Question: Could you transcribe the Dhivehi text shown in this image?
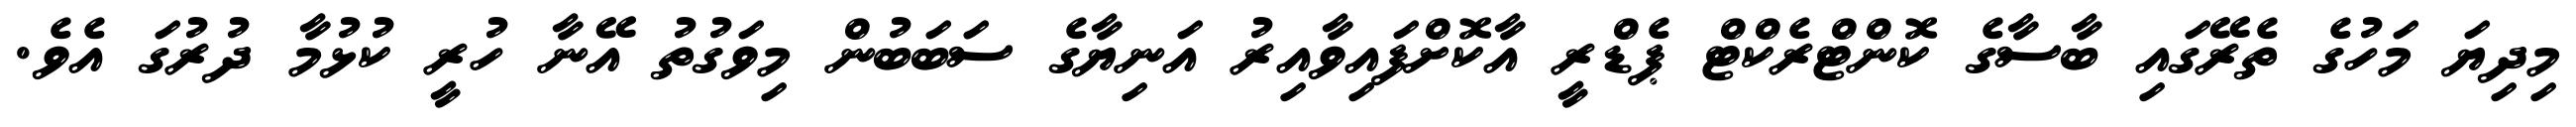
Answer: މިދިޔަ މަހުގެ ތެރޭގައި ބާސާގެ ކޮންޓްރެކްޓް ޕެޑްރީ އާކޮށްފައިވާއިރު އަނިޔާގެ ސަބަބުން މިވަގުތު އޭނާ ހުރީ ކުޅުމާ ދުރުގަ އެވެ.